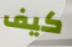
كيف